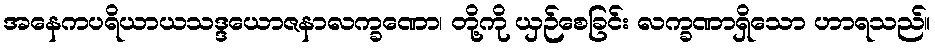
အနေကပရိယာယသဒ္ဒယောဇနာလက္ခဏော၊ တို့ကို ယှဉ်စေခြင်း လက္ခဏာရှိသော ဟာရသည်။